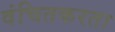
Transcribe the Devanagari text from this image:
वंचितकरता